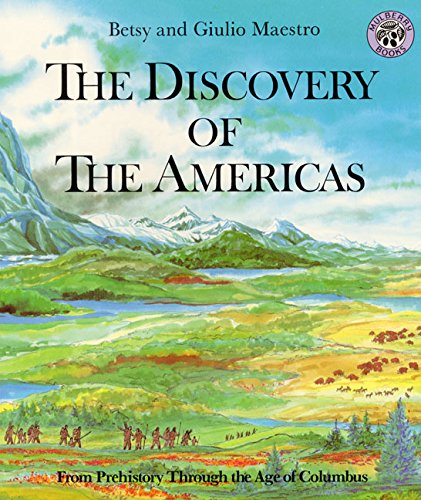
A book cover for Stories in Time: Library Book Grade 5 Discovery of the Americas (Discovery of the Americans); HARCOURT SCHOOL PUBLISHERS; Children's Books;